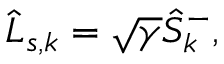
\hat { L } _ { s , k } = \sqrt { \gamma } \hat { S } _ { k } ^ { - } ,